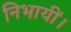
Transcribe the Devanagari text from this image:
निभायीं।